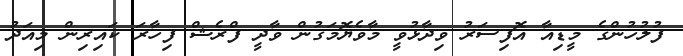
ފުލުހުންގެ މީޑިއާ އޮފިސަރު ވިދާޅުވީ މާވެޔޮމަގުން ވާދީ ފްރެޝް ފިހާރަ ކައިރިން މިއަދު